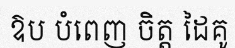
ឱប បំពេញ ចិត្ត ដៃគូ